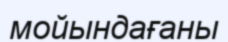
мойындағаны